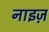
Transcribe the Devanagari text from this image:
नाइज़